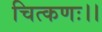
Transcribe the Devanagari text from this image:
चित्कणः।।